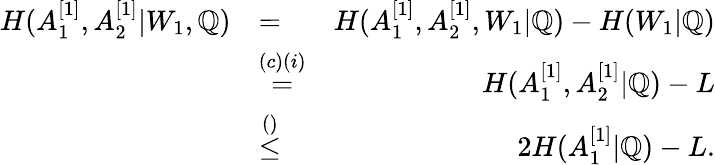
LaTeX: \begin{array}{rlr}{H(A_{1}^{[1]},A_{2}^{[1]}|W_{1},\mathbb{Q})}&{=}&{H(A_{1}^{[1]},A_{2}^{[1]},W_{1}|\mathbb{Q})-H(W_{1}|\mathbb{Q})}\\ &{\overset{(c)(i)}{=}}&{H(A_{1}^{[1]},A_{2}^{[1]}|\mathbb{Q})-L}\\ &{\overset{()}{\leq}}&{2H(A_{1}^{[1]}|\mathbb{Q})-L.}\end{array}